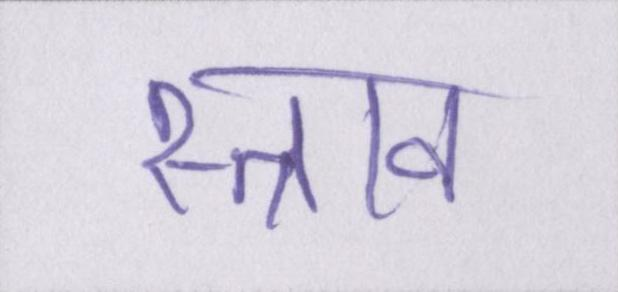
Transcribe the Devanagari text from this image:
स्त्राव